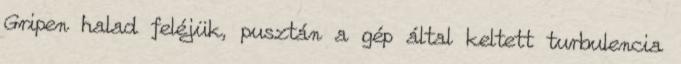
Gripen halad feléjük, pusztán a gép által keltett turbulencia